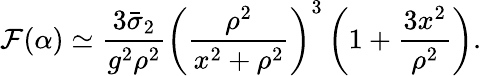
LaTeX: \mathcal{F}(\alpha)\simeq\frac{{3\bar{{\sigma}}_{2}}}{{g^{2}\rho^{2}}}\left(\frac{{\rho^{2}}}{{x^{2}+\rho^{2}}}\right)^{3}\left(1+\frac{{3x^{2}}}{{\rho^{2}}}\right).